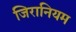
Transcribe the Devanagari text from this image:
जिरानियम